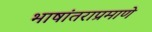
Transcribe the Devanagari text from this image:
भाषांतराप्रमाणे